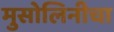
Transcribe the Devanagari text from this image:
मुसोलिनीचा